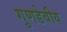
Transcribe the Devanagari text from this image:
गुणडेवीय